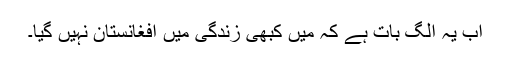
اب یہ الگ بات ہے کہ میں کبھی زندگی میں افغانستان نہیں گیا۔